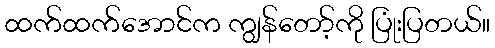
ထက်ထက်အောင်က ကျွန်တော့်ကို ပြုံးပြတယ်။